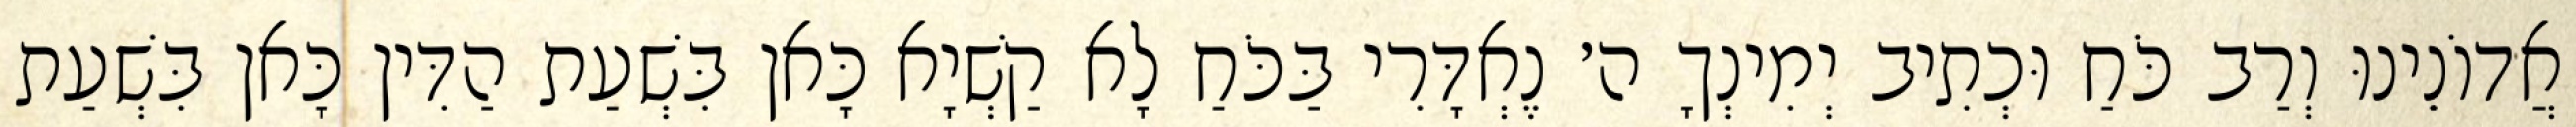
אֲדוֹנֵינוּ וְרַב כֹּחַ וּכְתִיב יְמִינְךָ ה׳ נֶאְדָּרִי בַּכֹּחַ לָא קַשְׁיָא כָּאן בִּשְׁעַת הַדִּין כָּאן בִּשְׁעַת